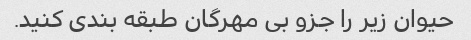
حیوان زیر را جزو بی مهرگان طبقه بندی کنید.